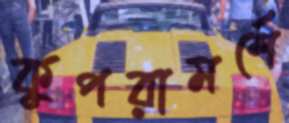
কুপরামর্শে